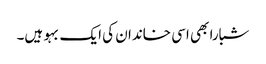
شبارا بھی اسی خاندان کی ایک بہو ہیں۔